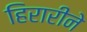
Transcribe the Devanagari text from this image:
हिरारीने